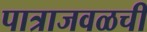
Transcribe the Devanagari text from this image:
पात्राजवळची